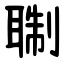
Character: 䎺